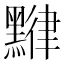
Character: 𪑯